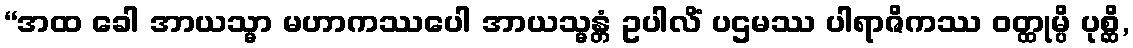
“အထ ခေါ အာယသ္မာ မဟာကဿပေါ အာယသ္မန္တံ ဥပါလိံ ပဌမဿ ပါရာဇိကဿ ဝတ္ထုမ္ပိ ပုစ္ဆိ,